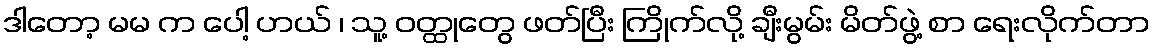
ဒါတော့ မမ က ပေါ့ ဟယ် ၊ သူ့ ဝတ္ထုတွေ ဖတ်ပြီး ကြိုက်လို့ ချီးမွမ်း မိတ်ဖွဲ့ စာ ရေးလိုက်တာ